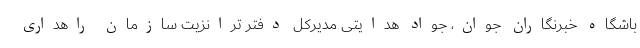
باشگاه خبرنگاران جوان، جواد هدایتی مدیرکل دفتر ترانزیت سازمان راهداری